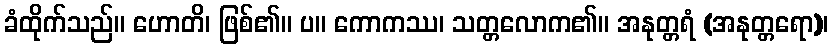
ခံထိုက်သည်။ ဟောတိ၊ ဖြစ်၏။ ပ။ ကောကဿ၊ သတ္တလောက၏။ အနုတ္တရံ (အနုတ္တရော)၊